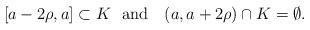
LaTeX: \begin{align*}\left[a-2\rho,a\right]\subset K\mbox{\ \ and \ \ }(a,a+2\rho)\cap K=\emptyset.\end{align*}